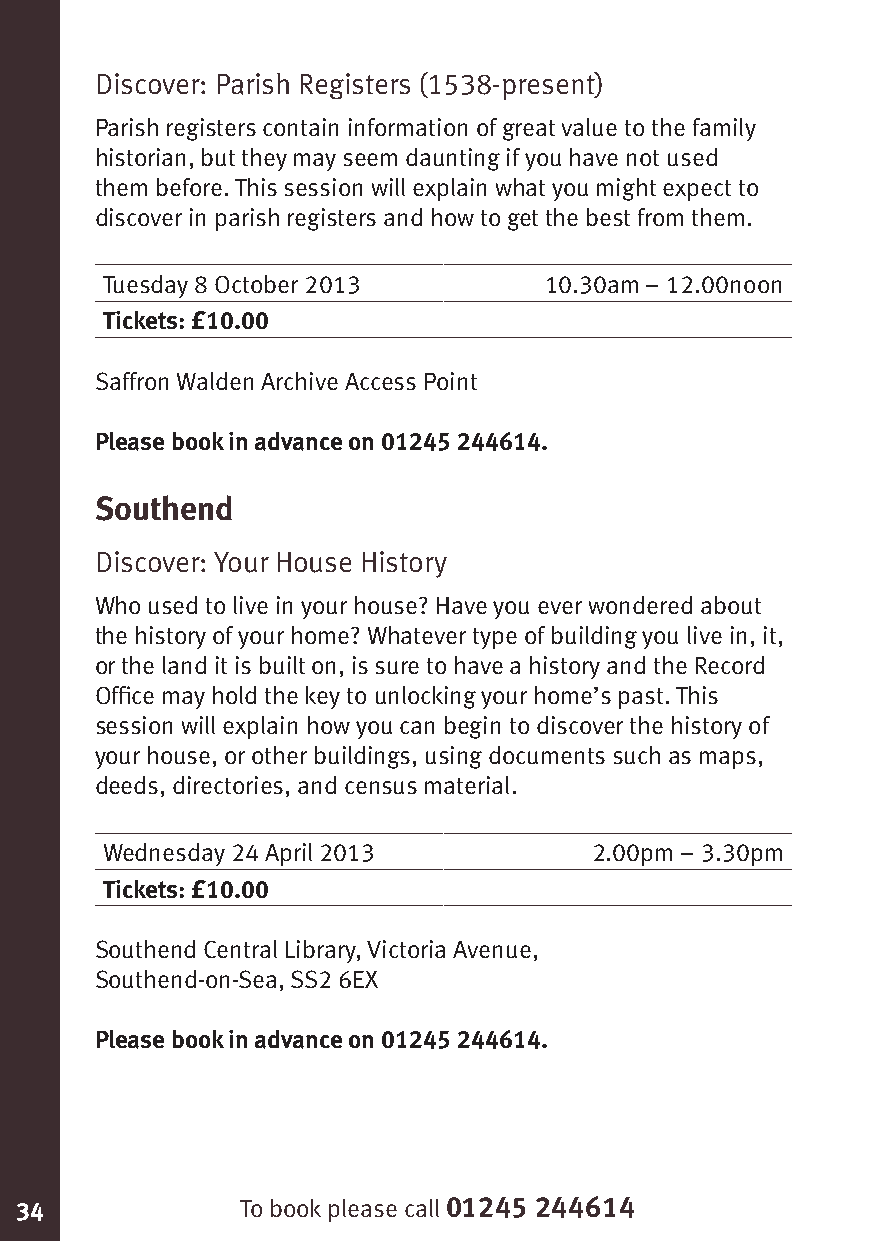
Discover: Parish Registers (1538-present)
 Parish registers contain information of great value to the family
 historian, but they may seem daunting if you have not used
 them before. This session will explain what you might expect to
 discover in parish registers and how to get the best from them.
 Tuesday 8 October 2013       10.30am – 12.00noon
 Tickets: £10.00
 Saffron Walden Archive Access Point
 Please book in advance on 01245 244614.
 Southend
 Discover: Your House History
 Who used to live in your house? Have you ever wondered about
 the history of your home? Whatever type of building you live in, it,
 or the land it is built on, is sure to have a history and the Record
 Office may hold the key to unlocking your home’s past. This
 session will explain how you can begin to discover the history of
 your house, or other buildings, using documents such as maps,
 deeds, directories, and census material.
 Wednesday 24 April 2013         2.00pm – 3.30pm
 Tickets: £10.00
 Southend Central Library, Victoria Avenue,
 Southend-on-Sea, SS2 6EX
 Please book in advance on 01245 244614.
 34             To book please call 01245 244614